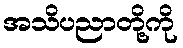
အသိပညာတို့ကို